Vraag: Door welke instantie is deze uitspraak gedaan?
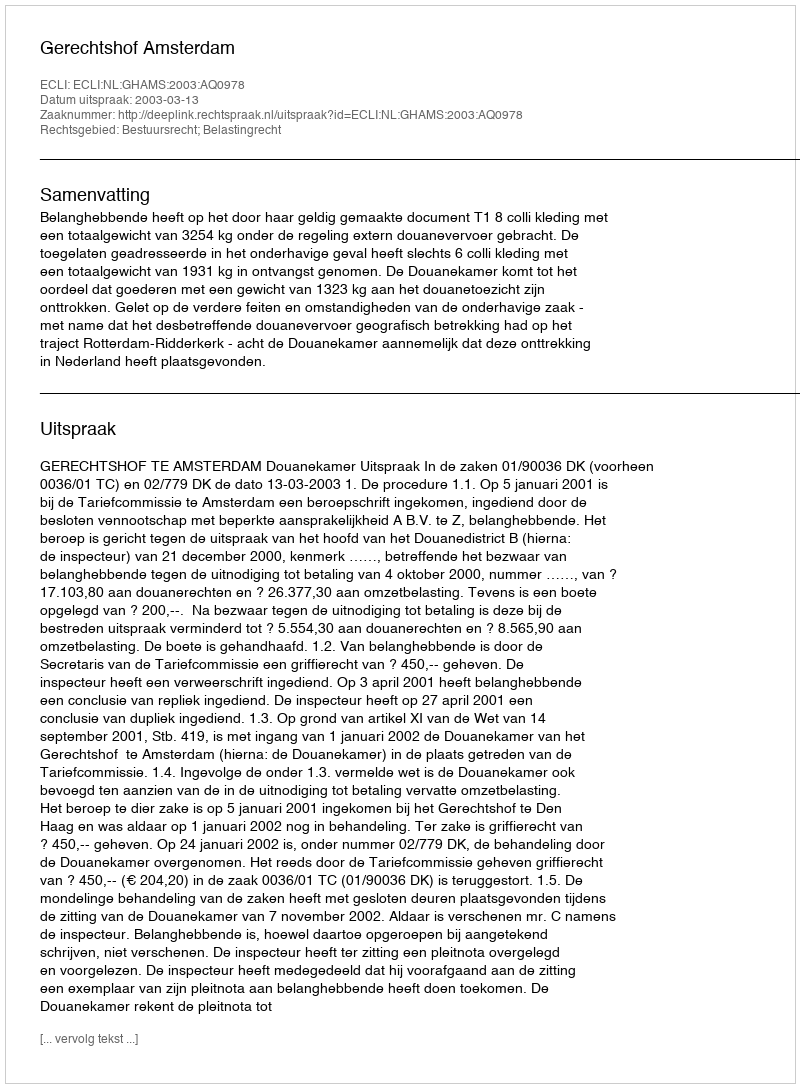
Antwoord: Gerechtshof Amsterdam